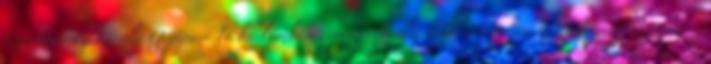
Zipernowsky Károly Gépipari Technikumban gépésztechnikusként. 1989-ben, a rendszerváltozáskor a